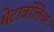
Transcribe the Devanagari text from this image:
मेटाबॉलिक